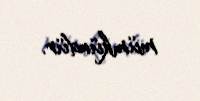
mümkündür.